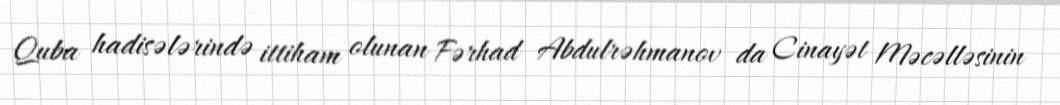
Quba hadisələrində ittiham olunan Fərhad Abdulrəhmanov da Cinayət Məcəlləsinin